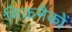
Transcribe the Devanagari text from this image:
मिकमैकों